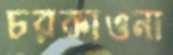
চরকাওনা